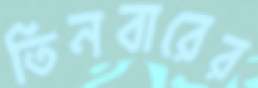
তিনবারের